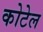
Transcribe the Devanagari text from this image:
कोटेल